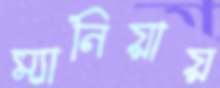
ম্যানিয়ায়